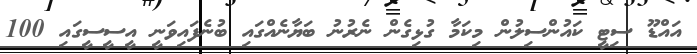
އައްޑޫ ސިޓީ ކައުންސިލުން މިކަމާ ގުޅިގެން ނެރުނު ބަޔާނެއްގައި ބުނެފައިވަނީ އީސީސީގައި 100